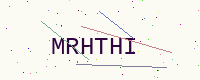
Text: MRHTHI